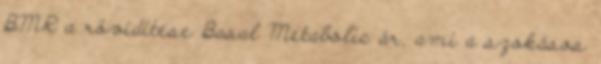
BMR a rövidítése Basal Metabolic ár, ami a szokásos